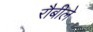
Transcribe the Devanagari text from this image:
रौबीले